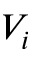
V _ { i }